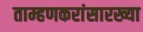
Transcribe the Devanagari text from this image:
ताम्हणकरांसारख्या